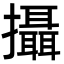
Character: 攝